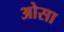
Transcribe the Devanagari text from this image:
ओसा